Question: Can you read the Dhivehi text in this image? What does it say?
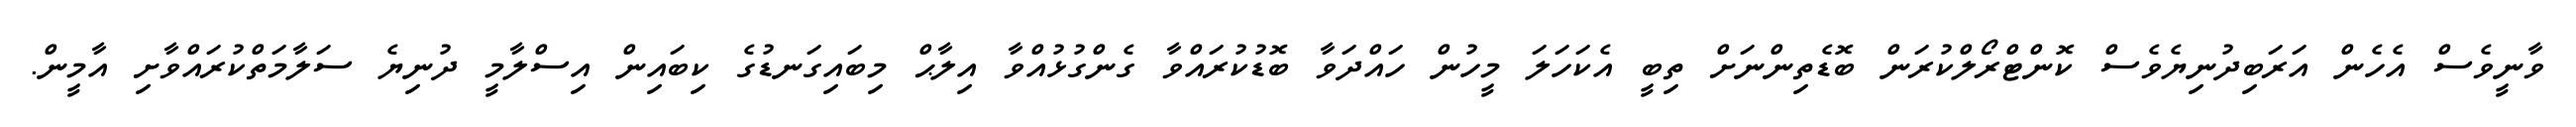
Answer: ވާނީވެސް އެހެން އަރަބިދުނިޔެވެސް ކޮންޓްރޯލްކުރަން ބޮޑެތިންނަށް ތިބީ އެކަހަލަ މީހުން ހައްދަވާ ބޮޑުކުރައްވާ ގެންގުޅުއްވާ އިލާޙް މިބައިގަނޑުގެ ކިބައިން އިސްލާމީ ދުނިޔެ ސަލާމަތްކުރައްވާށި އާމީން.